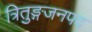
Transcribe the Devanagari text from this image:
त्रितुङ्गजनपद